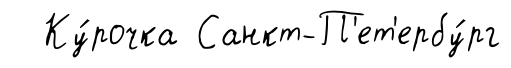
Ку́рочка Санкт-П'ет'ербу́рг